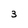
Character: 3